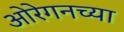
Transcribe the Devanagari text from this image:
ओरेगनच्या